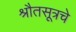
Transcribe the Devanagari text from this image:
श्रौतसूत्रचे